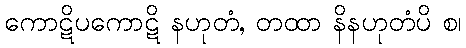
ကောဋိပကောဋိ နဟုတံ, တထာ နိနဟုတံပိ စ၊